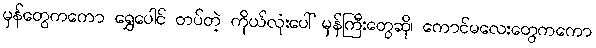
မှန်တွေကကော ရွှေပေါင် တပ်တဲ့ ကိုယ်လုံးပေါ် မှန်ကြီးတွေဆို၊ ကောင်မလေးတွေကကော